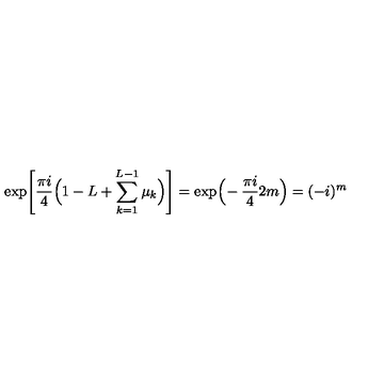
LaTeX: \exp \! \left[ \frac { \pi i } { 4 } \Big ( 1 - L + \sum _ { k = 1 } ^ { L - 1 } \mu _ { k } \Big ) \right] = \exp \! \Big ( \! - \frac { \pi i } { 4 } 2 m \Big ) = ( - i ) ^ { m }